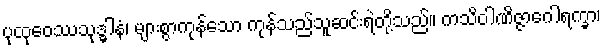
ပုထုဝေဿသုဒ္ဓါနံ၊ များစွာကုန်သော ကုန်သည်သူဆင်းရဲတို့သည်။ ကသိဝါဏိဇ္ဇာဂေါရက္ခာ၊